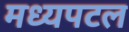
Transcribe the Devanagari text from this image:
मध्यपटल